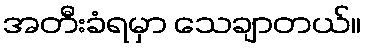
အတီးခံရမှာ သေချာတယ်။